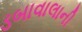
ડબાવાલાની